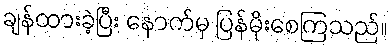
ချန်ထားခဲ့ပြီး နောက်မှ ပြန်မိုးစေကြသည်။